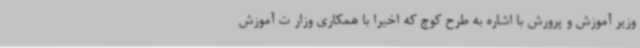
وزیر آموزش و پرورش با اشاره به طرح کوچ که اخیرا با همکاری وزار ت آموزش